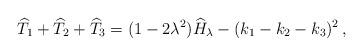
LaTeX: \begin{align*} \widehat{T}_1+\widehat{T}_2+\widehat{T}_3=(1-2\lambda^2)\widehat{H}_\lambda-(k_1-k_2-k_3)^2\,,\end{align*}